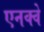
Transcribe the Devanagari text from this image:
एनक्वे